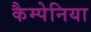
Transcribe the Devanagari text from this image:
कैम्पेनिया